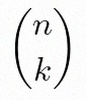
\binom{n}{k}